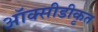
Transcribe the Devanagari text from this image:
ऑक्सीडीकृत